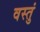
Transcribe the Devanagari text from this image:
वस्तुं